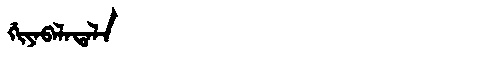
Manchu: ᡤᡳᠶᠠᠪᠠᠯᠠᡨᠠᠯᠠ
Romanization: GIYABALATALA